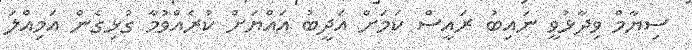
ސިޔާމް ވިދާޅުވީ ނައިބު ރައީސް ކަމަށް އަދީބު އައްޔަށް ކުރެއްވުމާ ގުޅިގެން އަމިއްލަ